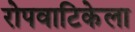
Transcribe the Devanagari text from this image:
रोपवाटिकेला